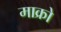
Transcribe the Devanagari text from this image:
माक्रो